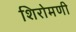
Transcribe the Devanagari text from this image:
शिरोमणी